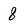
Character: 8